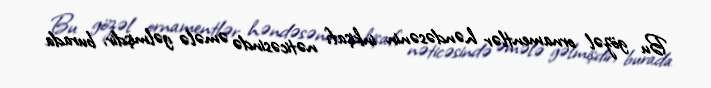
Bu gözəl ornamentlər həndəsənin inkişafı nəticəsində əmələ gəlmişdir, burada